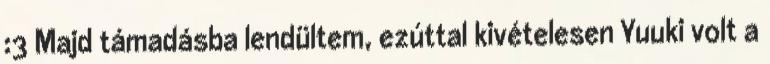
:3 Majd támadásba lendültem, ezúttal kivételesen Yuuki volt a